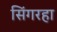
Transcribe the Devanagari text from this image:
सिंगरहा